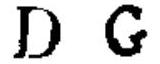
\(D\ G\)